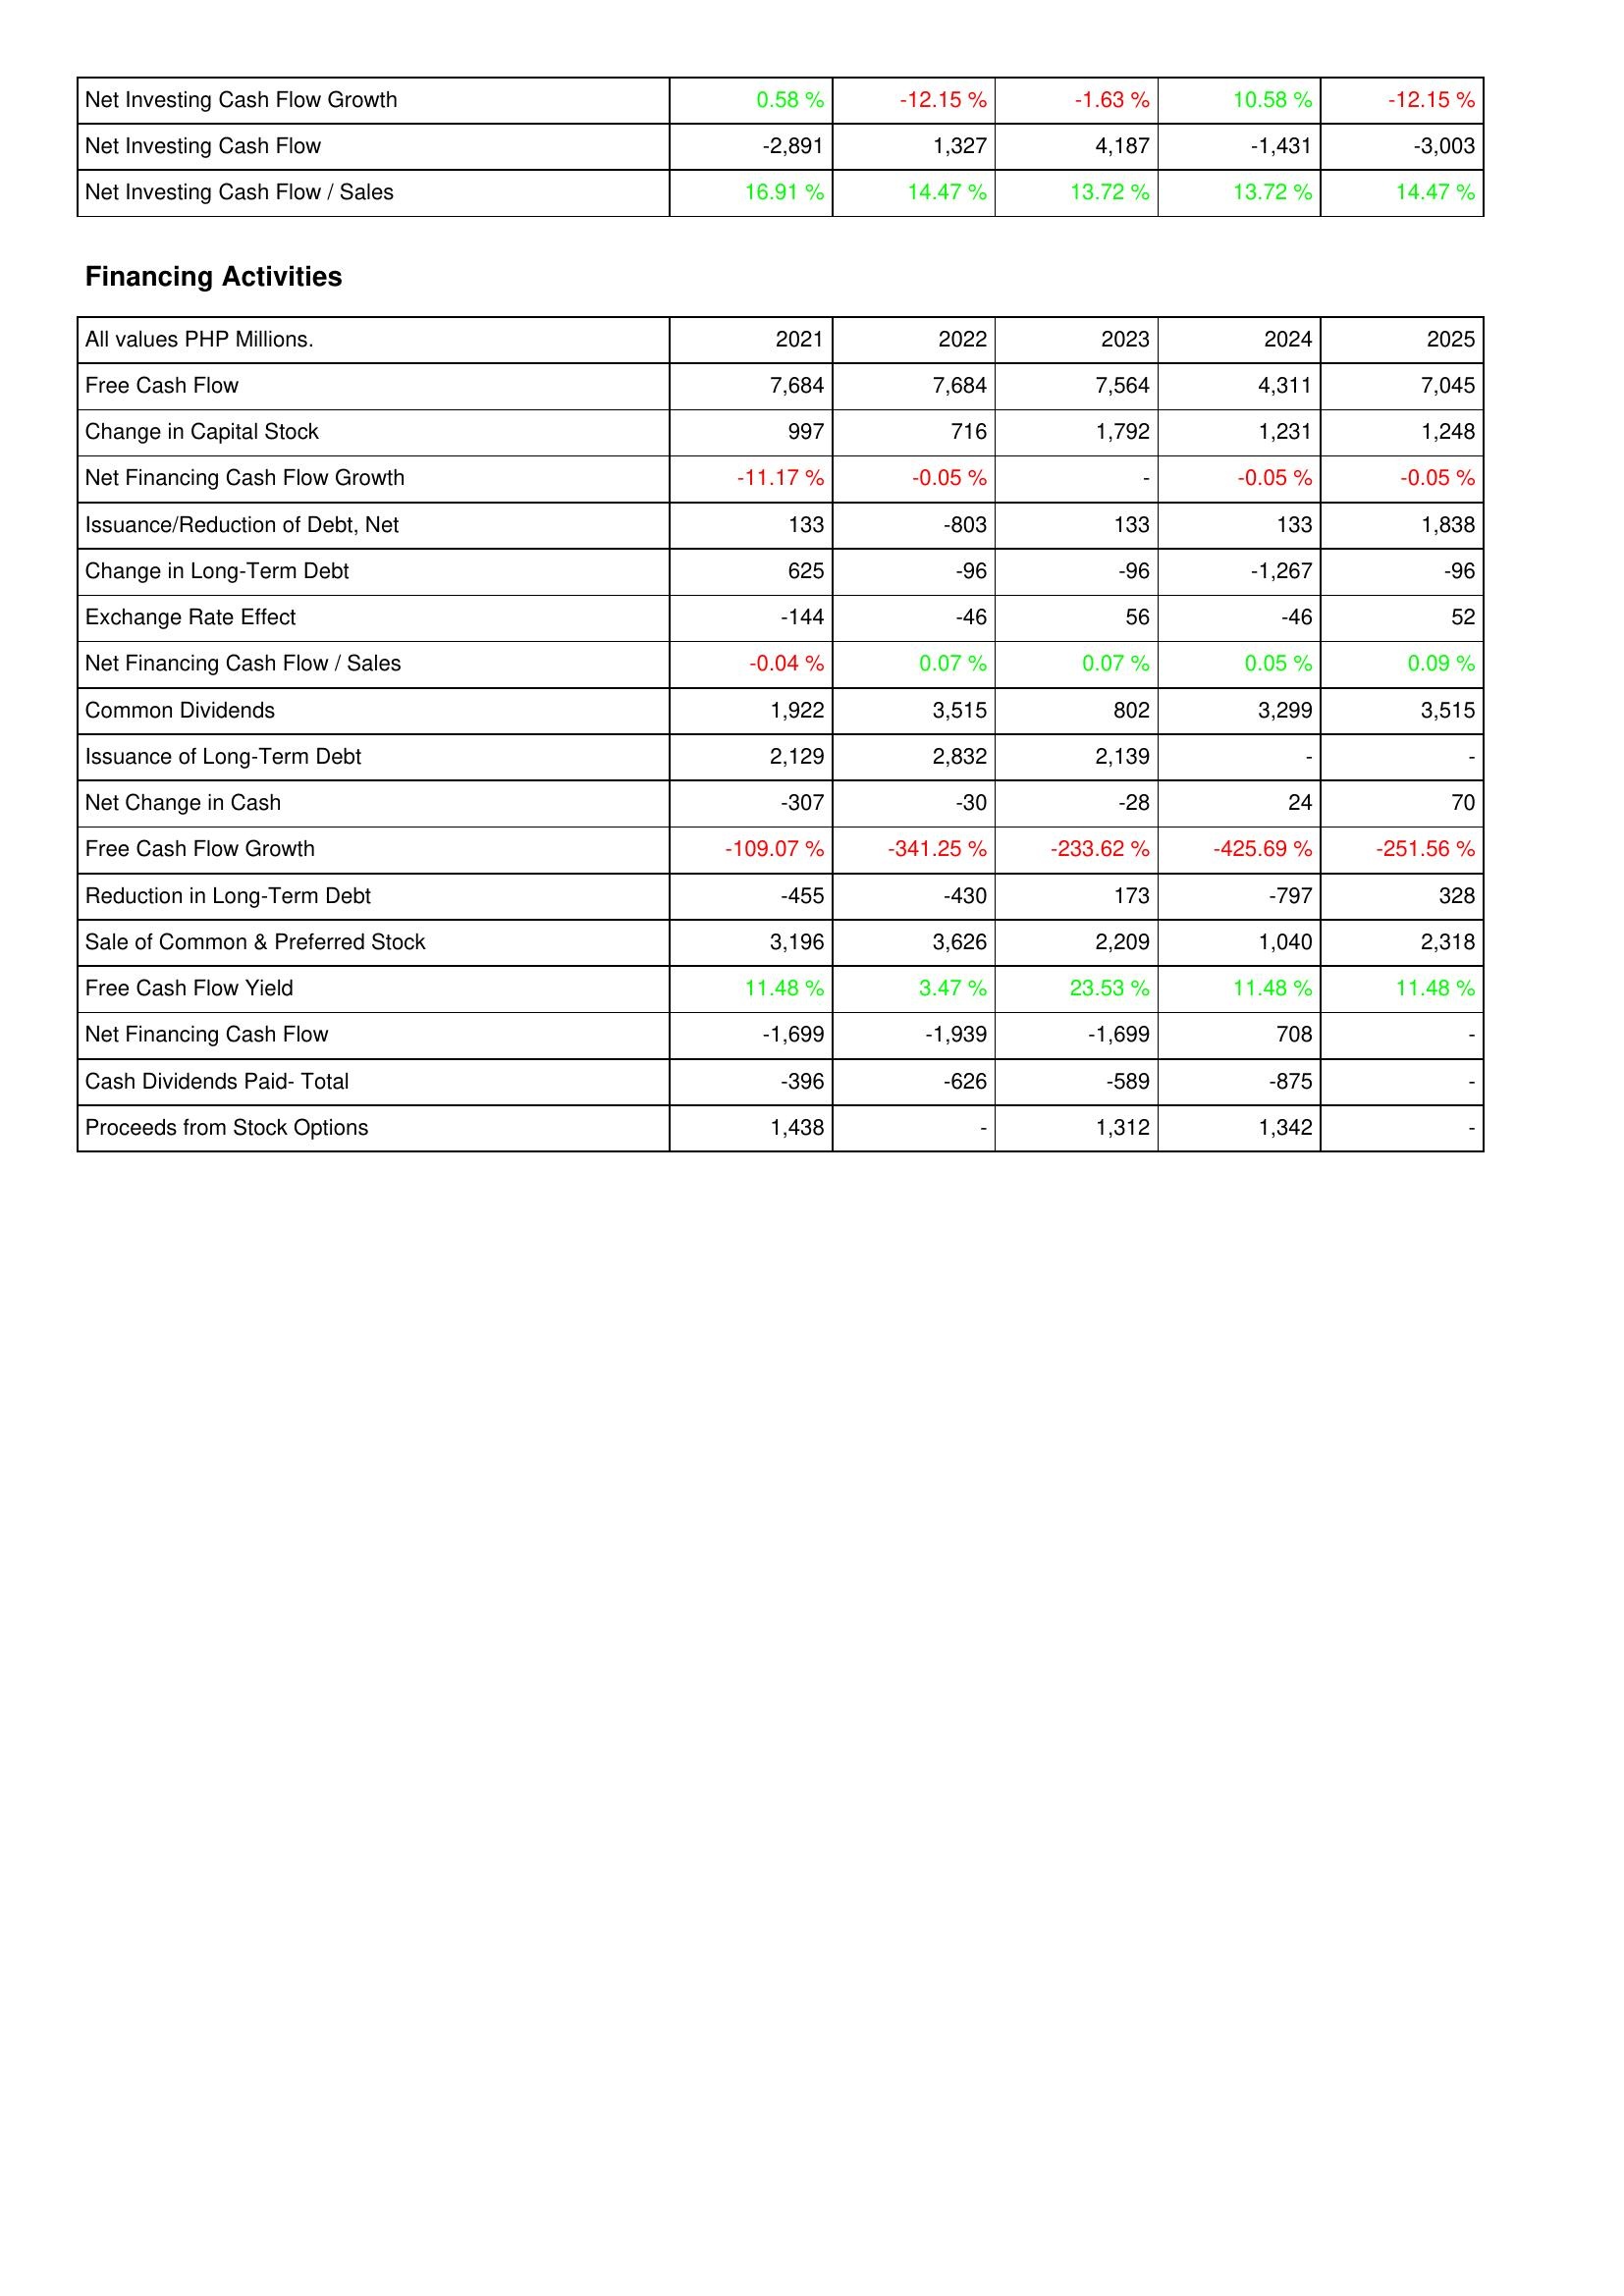
2021: Investing Activities: Net Investing Cash Flow Growth: 0.58 %
Net Investing Cash Flow: -2,891
Net Investing Cash Flow / Sales: 16.91 %
Financing Activities: Free Cash Flow: 7,684
Change in Capital Stock: 997
Net Financing Cash Flow Growth: -11.17 %
Issuance/Reduction of Debt, Net: 133
Change in Long-Term Debt: 625
Exchange Rate Effect: -144
Net Financing Cash Flow / Sales: -0.04 %
Common Dividends: 1,922
Issuance of Long-Term Debt: 2,129
Net Change in Cash: -307
Free Cash Flow Growth: -109.07 %
Reduction in Long-Term Debt: -455
Sale of Common & Preferred Stock: 3,196
Free Cash Flow Yield: 11.48 %
Net Financing Cash Flow: -1,699
Cash Dividends Paid- Total: -396
Proceeds from Stock Options: 1,438
2022: Investing Activities: Net Investing Cash Flow Growth: -12.15 %
Net Investing Cash Flow: 1,327
Net Investing Cash Flow / Sales: 14.47 %
Financing Activities: Free Cash Flow: 7,684
Change in Capital Stock: 716
Net Financing Cash Flow Growth: -0.05 %
Issuance/Reduction of Debt, Net: -803
Change in Long-Term Debt: -96
Exchange Rate Effect: -46
Net Financing Cash Flow / Sales: 0.07 %
Common Dividends: 3,515
Issuance of Long-Term Debt: 2,832
Net Change in Cash: -30
Free Cash Flow Growth: -341.25 %
Reduction in Long-Term Debt: -430
Sale of Common & Preferred Stock: 3,626
Free Cash Flow Yield: 3.47 %
Net Financing Cash Flow: -1,939
Cash Dividends Paid- Total: -626
Proceeds from Stock Options: -
2023: Investing Activities: Net Investing Cash Flow Growth: -1.63 %
Net Investing Cash Flow: 4,187
Net Investing Cash Flow / Sales: 13.72 %
Financing Activities: Free Cash Flow: 7,564
Change in Capital Stock: 1,792
Net Financing Cash Flow Growth: -
Issuance/Reduction of Debt, Net: 133
Change in Long-Term Debt: -96
Exchange Rate Effect: 56
Net Financing Cash Flow / Sales: 0.07 %
Common Dividends: 802
Issuance of Long-Term Debt: 2,139
Net Change in Cash: -28
Free Cash Flow Growth: -233.62 %
Reduction in Long-Term Debt: 173
Sale of Common & Preferred Stock: 2,209
Free Cash Flow Yield: 23.53 %
Net Financing Cash Flow: -1,699
Cash Dividends Paid- Total: -589
Proceeds from Stock Options: 1,312
2024: Investing Activities: Net Investing Cash Flow Growth: 10.58 %
Net Investing Cash Flow: -1,431
Net Investing Cash Flow / Sales: 13.72 %
Financing Activities: Free Cash Flow: 4,311
Change in Capital Stock: 1,231
Net Financing Cash Flow Growth: -0.05 %
Issuance/Reduction of Debt, Net: 133
Change in Long-Term Debt: -1,267
Exchange Rate Effect: -46
Net Financing Cash Flow / Sales: 0.05 %
Common Dividends: 3,299
Issuance of Long-Term Debt: -
Net Change in Cash: 24
Free Cash Flow Growth: -425.69 %
Reduction in Long-Term Debt: -797
Sale of Common & Preferred Stock: 1,040
Free Cash Flow Yield: 11.48 %
Net Financing Cash Flow: 708
Cash Dividends Paid- Total: -875
Proceeds from Stock Options: 1,342
2025: Investing Activities: Net Investing Cash Flow Growth: -12.15 %
Net Investing Cash Flow: -3,003
Net Investing Cash Flow / Sales: 14.47 %
Financing Activities: Free Cash Flow: 7,045
Change in Capital Stock: 1,248
Net Financing Cash Flow Growth: -0.05 %
Issuance/Reduction of Debt, Net: 1,838
Change in Long-Term Debt: -96
Exchange Rate Effect: 52
Net Financing Cash Flow / Sales: 0.09 %
Common Dividends: 3,515
Issuance of Long-Term Debt: -
Net Change in Cash: 70
Free Cash Flow Growth: -251.56 %
Reduction in Long-Term Debt: 328
Sale of Common & Preferred Stock: 2,318
Free Cash Flow Yield: 11.48 %
Net Financing Cash Flow: -
Cash Dividends Paid- Total: -
Proceeds from Stock Options: -